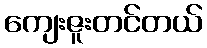
ကျေးဇူးတင်တယ်